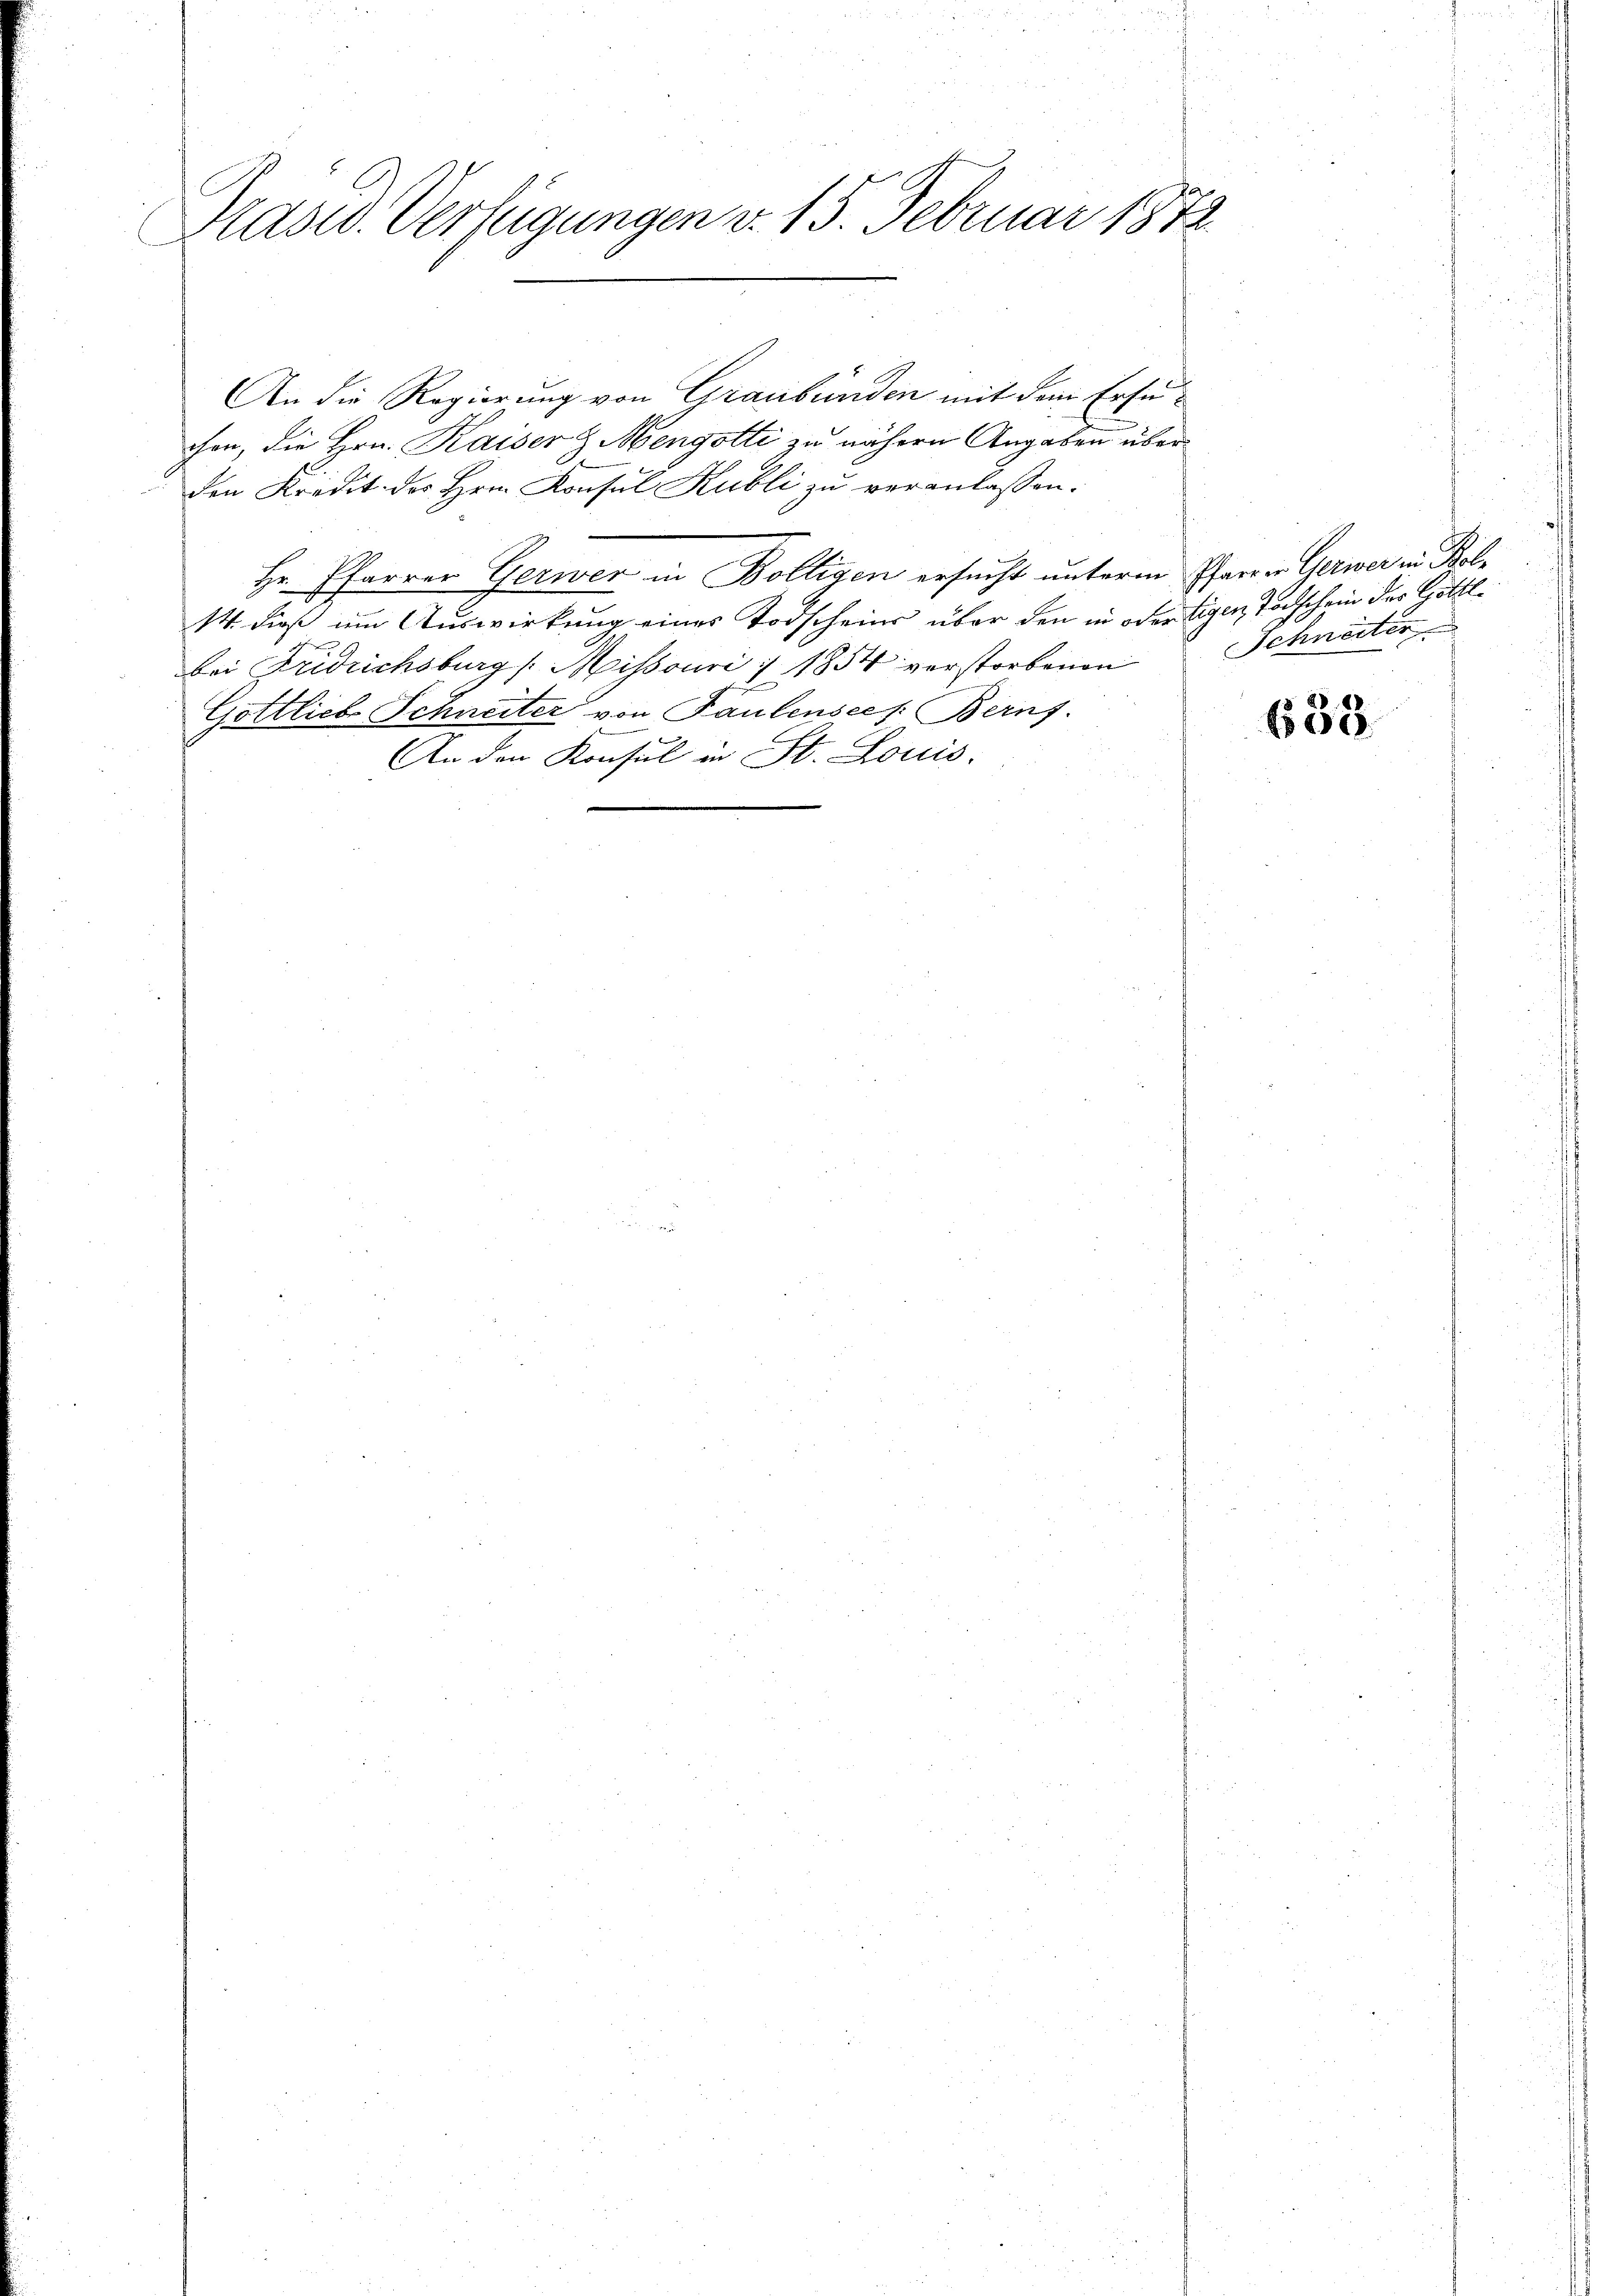
Präsid. Verfügungen v. 15. Februar 1872

An die Regierung von Graubünden mit dem Ersuchen, die Hrn. Kaiser & Mengotte zu nähern Angaben über
den Kredit der Hrn. Konsul Kubli zu veranlassen.
Hr. Pfarrer Gerwer in Bolligen ersucht unterm Pfarren Gewer in Bele
14. dieß um Auswirkung eines Todscheins über den in oder Eigen Todtschein der Gottlbei Fridrichsburg /: Missouri :/ 1854 verstorbenen
Göttlich Schneiter von Faulensee /: Berns.
An den Konsul in St. Louis.

Schneiter

638.